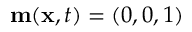
\mathbf { m } ( \mathbf { x } , t ) = ( 0 , 0 , 1 )